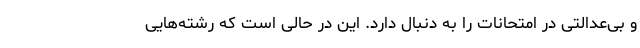
و بی‌عدالتی در امتحانات را به دنبال دارد. این در حالی است که رشته‌هایی